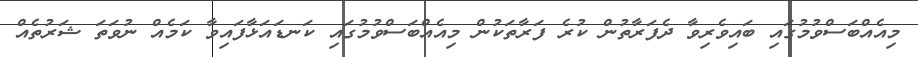
މިއެއްބަސްވުމުގައި ބައިވެރިވާ ދެފަރާތުން ކުރެ ފަރާތަކުން މިއެއްބަސްވުމުގައި ކަނޑައަޅާފައިވާ ކަމެއް ނުވަތަ ޝަރުތެއް